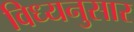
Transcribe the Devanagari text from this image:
विध्यनुसार